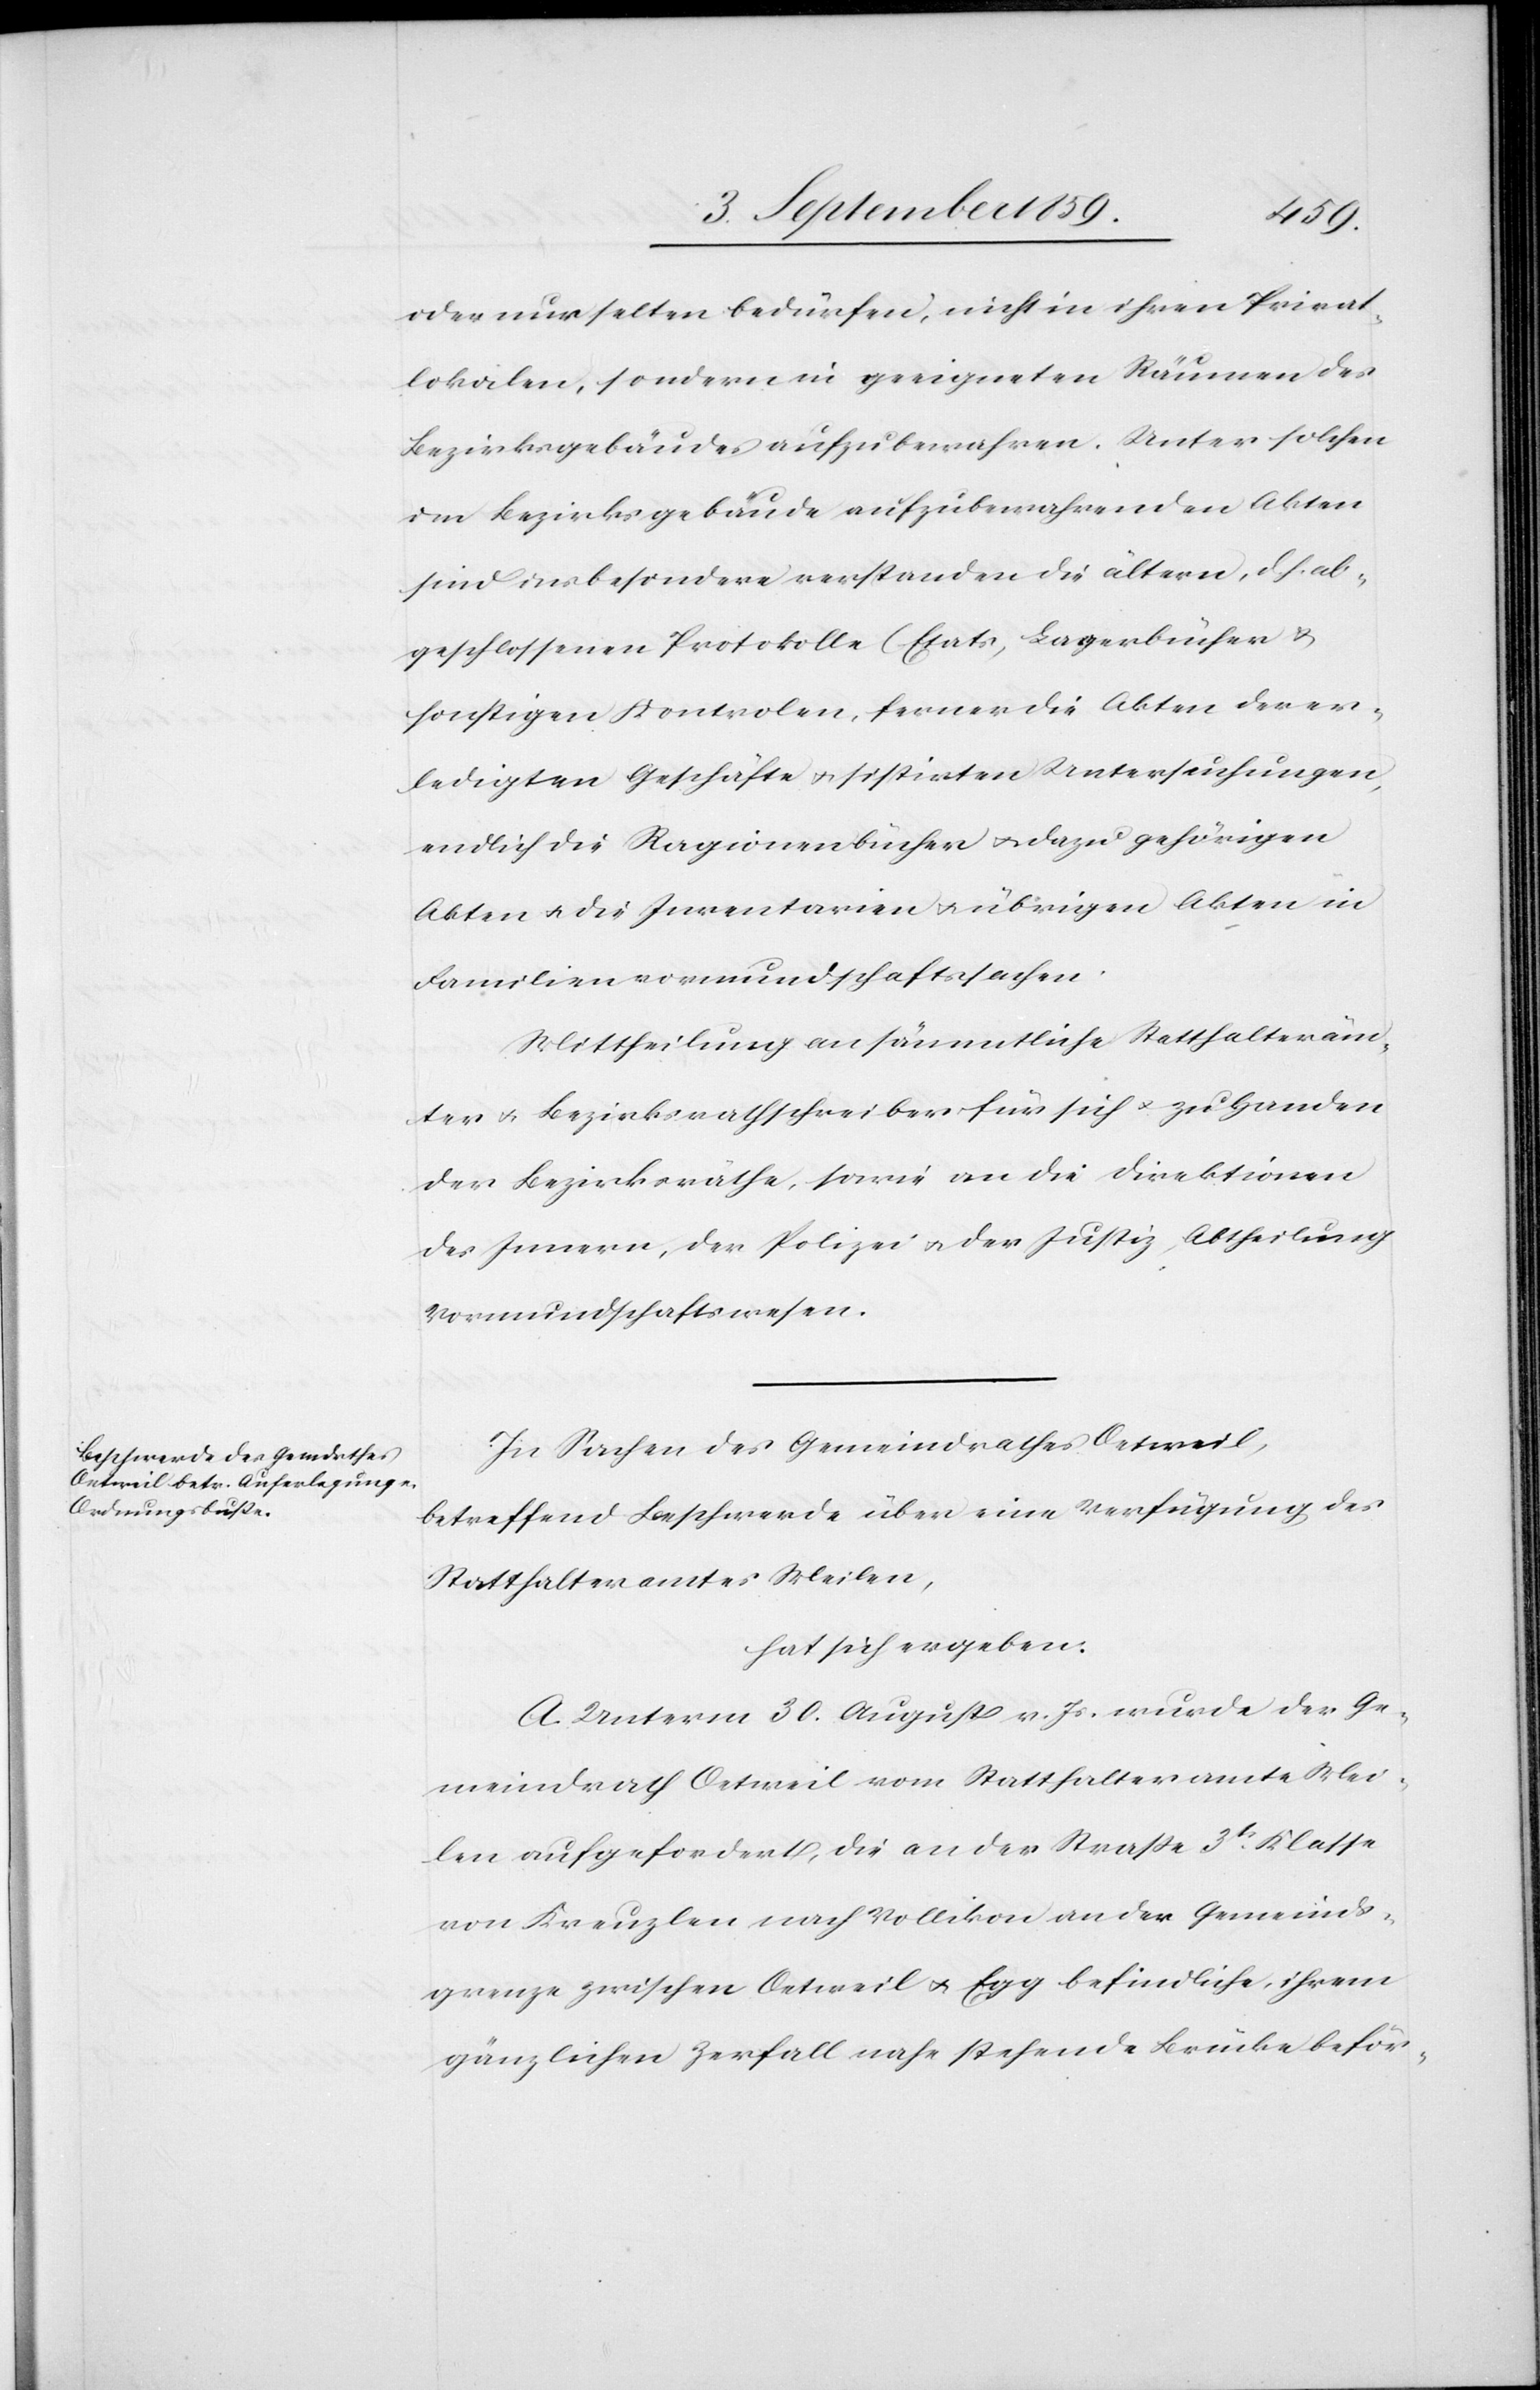
oder nur selten bedürfen, nicht in ihren Privat¬
lokalen, sondern in geeigneten Räumen des
Bezirksgebäudes aufzubewahren. Unter solchen
im Bezirksgebäude aufzubewahrenden Akten
sind insbesondere verstanden die ältern, d. h. ab¬
geschlossenen Protokolle (Etats, Lagerbücher &
sonstigen Kontrolen[)], ferner die Akten der er¬
ledigten Geschäfte & sistirten Untersuchungen,
endlich die Ragionenbücher & dazu gehörigen
Akten & die Inventarien & übrigen Akten in
Familienvormundschaftssachen.
Mittheilung an sämmtliche Statthalteräm¬
ter & Bezirksrathschreiber für sich & zu Handen
der Bezirksräthe, sowie an die Direktion
des Innern, der Polizei & der Justiz, Abtheilung
Vormundschaftswesen.
In Sachen des Gemeindrathes Oetweil,
betreffend Beschwerde über eine Verfügung des
Statthalteramtes Meilen,
hat sich ergeben.
A. Unterm 30. August v. Js. wurde der Ge¬
meindrath Oetweil vom Statthalteramte Mei¬
len aufgefordert, die an der Straße 3tr. Klasse
von Kreuzlen nach Vollikon an der Gemeinds¬
grenze zwischen Oetweil & Egg befindliche, ihrem
gänzlichen Zerfall nahe stehende Brücke beför-